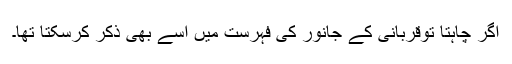
اگر چاہتا توقربانی کے جانور کی فہرست میں اسے بھی ذکر کرسکتا تھا۔